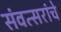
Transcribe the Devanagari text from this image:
संवत्सरांचे